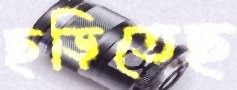
ছড়িতেছ